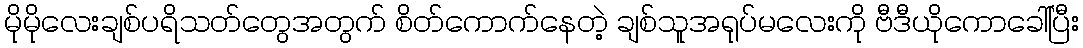
မိုမိုလေးချစ်ပရိသတ်တွေအတွက် စိတ်ကောက်နေတဲ့ ချစ်သူအရုပ်မလေးကို ဗီဒီယိုကောခေါ်ပြီး